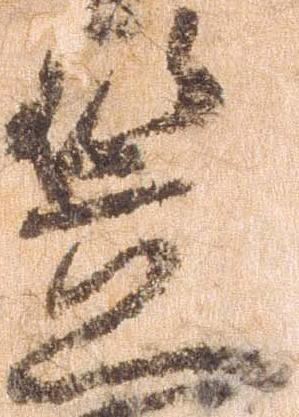
笠